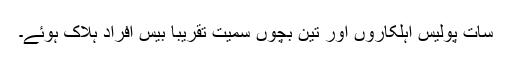
سات پولیس اہلکاروں اور تین بچوں سمیت تقریباً بیس افراد ہلاک ہوئے۔